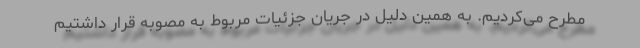
مطرح می‌کردیم. به همین دلیل در جریان جزئیات مربوط به مصوبه قرار داشتیم